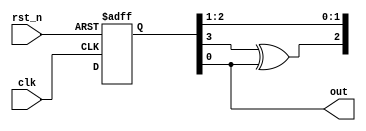
module LSFR(
    input clk,
    input rst_n,
    output out
);

reg [4:0] shift_reg;

assign out = shift_reg[0];

always@(posedge clk or negedge rst_n)
begin
    if(!rst_n)
    shift_reg <= 5'b11110;
    else
    begin
        shift_reg[4] <= shift_reg[0] ^ 1'b0;
        shift_reg[3] <= shift_regq[4];
        shift_reg[2] <= shift_reg[3] ^ shift_reg[0];
        shift_reg[1] <= shift_reg[2];
        shift_reg[0] <= shift_reg[1];
    end
end

endmodule